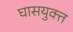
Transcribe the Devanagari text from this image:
घासयुक्त